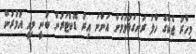
މިހާރު ޖެކްގެ ހާލު ރަނގަޅުވަމުން އަންނަ އިރު ޑޮކްޓަރުން ބުނީ މިއީ އުމުރުން